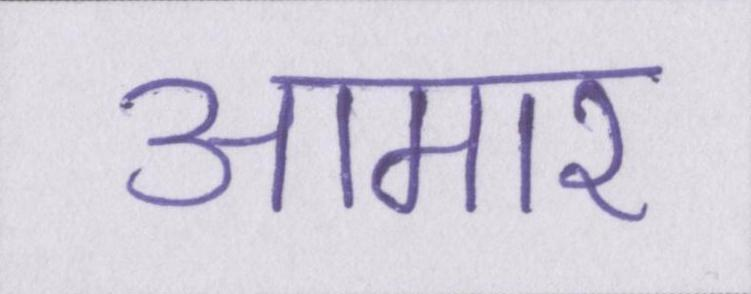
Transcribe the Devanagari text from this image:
आमार